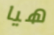
هيا